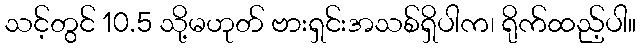
သင့်တွင် 10.5 သို့မဟုတ် ဗားရှင်းအသစ်ရှိပါက၊ ရိုက်ထည့်ပါ။